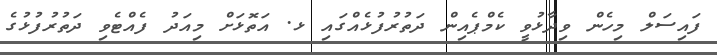
ފައިސަލް މިހެން ވިދާޅުވީ ކެމްޕެއިން ދަތުރުފުޅެއްގައި ޅ. އަތޮޅަށް މިއަދު ފެއްޓެވި ދަތުރުފުޅުގެ